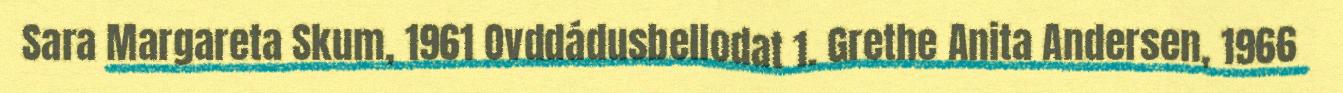
Sara Margareta Skum, 1961 Ovddádusbellodat 1. Grethe Anita Andersen, 1966